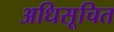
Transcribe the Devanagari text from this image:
अधिसूचित